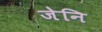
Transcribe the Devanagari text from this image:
जेनि